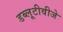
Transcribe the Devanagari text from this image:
डब्लूटीवीजे